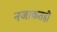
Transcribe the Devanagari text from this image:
नजाकतही